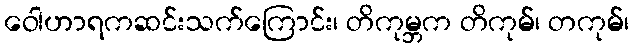
ဝေါဟာရကဆင်းသက်ကြောင်း၊ တိကုမ္ဘက တိကုမ်၊ တကုမ်၊